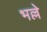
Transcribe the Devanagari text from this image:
भल्ले